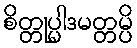
စိတ္တုပ္ပါဒမတ္တမ္ပိ